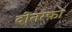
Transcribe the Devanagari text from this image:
दोतरफ़ा